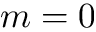
m = 0